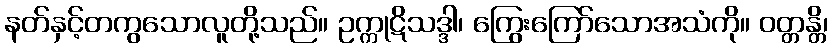
နတ်နှင့်တကွသောလူတို့သည်။ ဥက္ကုဋိသဒ္ဒါ၊ ကြွေးကြော်သောအသံကို။ ဝတ္တန္တိ၊